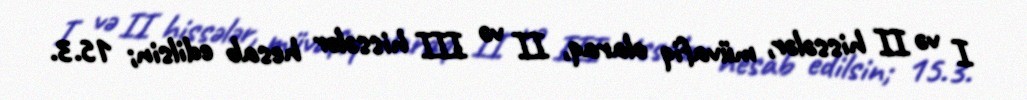
I və II hissələr, müvafiq olaraq, II və III hissələr hesab edilsin; 15.3.